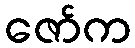
ဇော်က